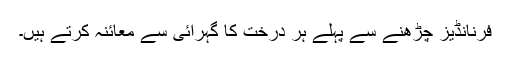
فرنانڈیز چڑھنے سے پہلے ہر درخت کا گہرائی سے معائنہ کرتے ہیں۔